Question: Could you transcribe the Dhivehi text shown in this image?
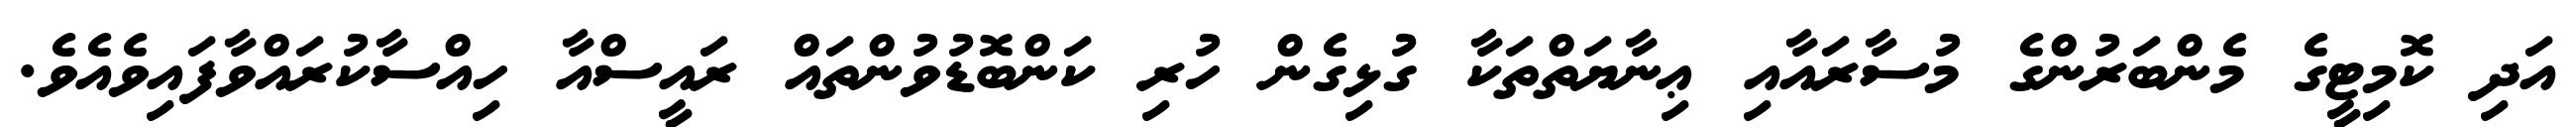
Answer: އަދި ކޮމިޓީގެ މެންބަރުންގެ މުސާރައާއި ޢިނާޔަތްތަކާ ގުޅިގެން ހުރި ކަންބޮޑުވުންތައް ރައީސްއާ ހިއްސާކުރައްވާފައިވެއެވެ.